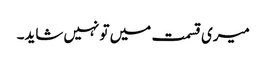
میری قسمت میں تو نہیں شاید۔